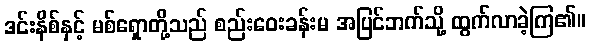
ဒင်းနိစ်နှင့် မစ်ရှောတို့သည် စည်းဝေးခန်းမ အပြင်ဘက်သို့ ထွက်လာခဲ့ကြ၏။